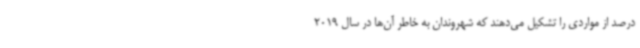
درصد از مواردی را تشکیل می‌دهند که شهروندان به خاطر آن‌ها در سال 2019